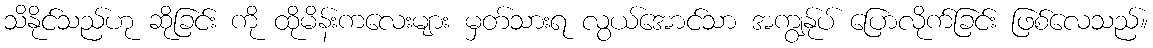
သိနိုင်သည်ဟု ဆိုခြင်း ကို ထိုမိန်းကလေးများ မှတ်သားရ လွယ်အောင်သာ အကျွန်ုပ် ပြောလိုက်ခြင်း ဖြစ်လေသည်။